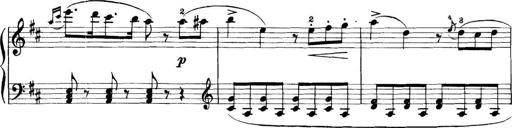
Title: 11 Sonatinas
Composer: Anton Diabelli